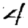
Digit: 4